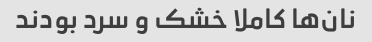
نان‌ها کاملا خشک و سرد بودند